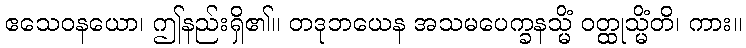
ဧသေဝနယော၊ ဤနည်းရှိ၏။ တဒုဘယေန အသမပေက္ခနသ္မိံ ဝတ္ထုသ္မိံတိ၊ ကား။